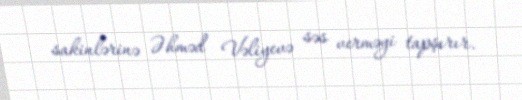
sakinlərinə Əhməd Vəliyevə səs verməyi tapşırır.